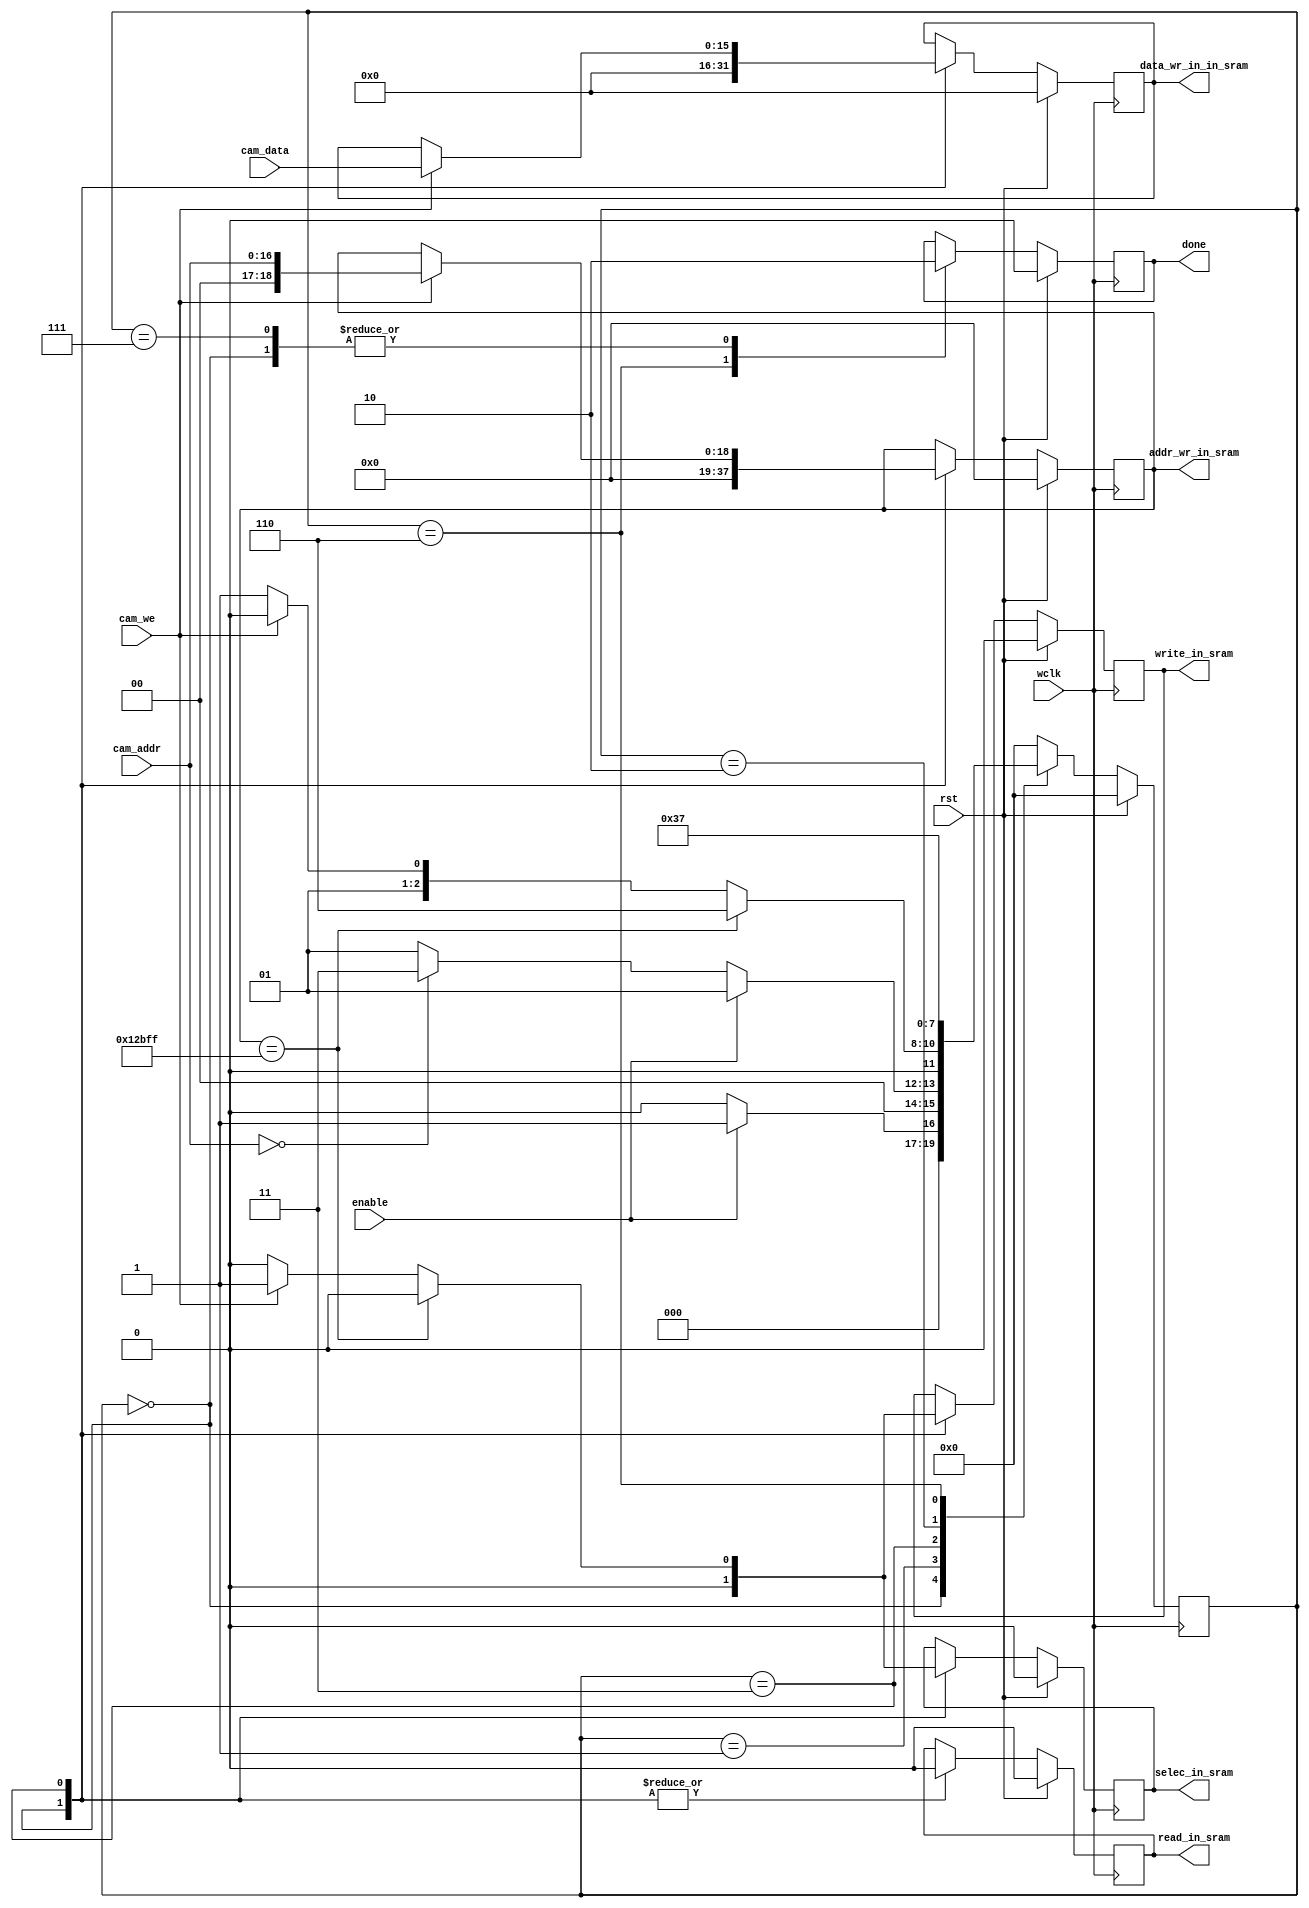
 /* this program is to load a picture from ov7076 into sram
    Copyright (C) 2018 IdlessChaye

    This program is free software; you can redistribute it and/or modify
    it under the terms of the GNU General Public License as published by
    the Free Software Foundation; either version 2 of the License, or
    (at your option) any later version.

    This program is distributed in the hope that it will be useful,
    but WITHOUT ANY WARRANTY; without even the implied warranty of
    MERCHANTABILITY or FITNESS FOR A PARTICULAR PURPOSE.  See the
    GNU General Public License for more details.

    You should have received a copy of the GNU General Public License along
    with this program; if not, write to the Free Software Foundation, Inc.,
    51 Franklin Street, Fifth Floor, Boston, MA 02110-1301 USA.
*/


`timescale 1ns / 1ns
module image_in_sram #(parameter H_cnt_max=320,
                       parameter V_cnt_max=240) (
    input wclk, 
    input rst, // high_power work

    input enable,

    input[16:0] cam_addr,
    input[15:0] cam_data,
    input cam_we,

    output reg selec_in_sram,
    output reg write_in_sram,
    output reg read_in_sram,
    output reg[15:0] data_wr_in_in_sram,
    output reg[18:0] addr_wr_in_sram,


    output reg done
);

    reg[9:0] H_cnt;
    reg[9:0] V_cnt;
    
localparam address_count_max = H_cnt_max * V_cnt_max - 1; // 76800 - 1


localparam s_idle           = 4'b0000;
localparam s_init           = 4'b0001;
localparam s_write1         = 4'b0011;
localparam s_write2         = 4'b0010;
localparam s_done           = 4'b0110;
localparam s_ready          = 4'b0111;
reg [3:0] status = s_idle;

localparam[9:0] h_zuoshang=40,
                h_zhongshang=120, 
                h_youshang=200,     
                h_zuozhong=40,
                h_zhongzhong=120,
                h_youzhong=200,
                h_zuoxia=40,
                h_zhongxia=120, 
                h_youxia=200;
localparam[9:0] v_zuoshang=40,
                v_zhongshang=40,
                v_youshang=40,
                v_zuozhong=120,
                v_zhongzhong=120,
                v_youzhong=120,
                v_zuoxia=200,
                v_zhongxia=200,
                v_youxia=200;
localparam[15:0] red = 16'b1111100000000000;
localparam[15:0] green = 16'b0000011111100000;
localparam[15:0] blue = 16'b0000000000011111;
localparam[15:0] AAA = 16'b1111100000011111;
localparam[15:0] BBB = 16'b0000011111111111;
localparam[15:0] CCC = 16'b1111111111100000;
localparam[15:0] white = 16'b1111111111111111;
localparam[15:0] black = 16'b0000000000000000;

always@(posedge wclk) begin
    if(rst) begin
        selec_in_sram <= 0;
        write_in_sram <= 0;
        read_in_sram <= 0;
        data_wr_in_in_sram <= 0;
        addr_wr_in_sram <= 0;
        done <= 0;

        status <= s_idle;
    end else begin
        case(status) 
            s_idle: begin
                done <= 0;            
                selec_in_sram <= 0;
                write_in_sram <= 0;
                read_in_sram <= 0;
                data_wr_in_in_sram <= 0;
                addr_wr_in_sram <= 0;

                if(enable) begin
                    status <= s_init;
                end else begin
                    status <= s_idle;
                end
            end
            s_init: begin
                if(enable) begin
                    status <= s_init;
                end else if(cam_addr == 0) begin
                    status <= s_write1;
                end else begin
                    status <= s_init;
                end
            end
            s_write1: begin
                if(cam_we) begin
                    addr_wr_in_sram <= cam_addr;
                    data_wr_in_in_sram <= cam_data;

                    /*if(H_cnt == 320) begin
                        H_cnt <= 0;
                        if(V_cnt == 240) begin
                            V_cnt <= 0;
                        end else begin
                            V_cnt <= V_cnt + 1;
                        end
                    end else
                        H_cnt <= H_cnt + 1;
                        
                    if(H_cnt==h_zuoshang&&V_cnt==v_zuoshang) begin
                        data_wr_in_in_sram <= 0;
                    end else if(H_cnt==h_zhongshang&&V_cnt==v_zhongshang) begin
                        data_wr_in_in_sram <= 0;
                    end else if(H_cnt==h_youshang&&V_cnt==v_youshang) begin
                        data_wr_in_in_sram <= 0;
                    end else if(H_cnt==h_zuozhong&&V_cnt==v_zuozhong) begin
                        data_wr_in_in_sram <= 0;
                    end else if(H_cnt==h_zhongzhong&&V_cnt==v_zhongzhong) begin
                        data_wr_in_in_sram <= 0;
                    end else if(H_cnt==h_youzhong&&V_cnt==v_youzhong) begin
                        data_wr_in_in_sram <= 0;
                    end else if(H_cnt==h_zuoxia&&V_cnt==v_zuoxia) begin
                        data_wr_in_in_sram <= 0;                
                    end else if(H_cnt==h_zhongxia&&V_cnt==v_zhongxia) begin
                        data_wr_in_in_sram <= 0;       
                    end else if(H_cnt==h_youxia&&V_cnt==v_youxia) begin
                        data_wr_in_in_sram <= 0;
                    end else if(V_cnt >= 0 && V_cnt <= 40) begin
                        if(H_cnt>=0 && H_cnt<=40) begin
                            data_wr_in_in_sram <= red;
                        end else if(H_cnt>=40 && H_cnt<=80) begin
                            data_wr_in_in_sram <= green;
                        end else if(H_cnt>=80 && H_cnt<=120) begin
                            data_wr_in_in_sram <= blue;
                        end else if(H_cnt>=120 && H_cnt<=160) begin
                            data_wr_in_in_sram <= white;
                        end else if(H_cnt>=160 && H_cnt<=200) begin
                            data_wr_in_in_sram <= black;
                        end else if(H_cnt>=120 && H_cnt<=240) begin
                            data_wr_in_in_sram <= AAA;
                        end else if(H_cnt>=120 && H_cnt<=280) begin
                            data_wr_in_in_sram <= BBB;
                        end else if(H_cnt>=120 && H_cnt<=320) begin
                            data_wr_in_in_sram <= CCC;
                        end
                    end else if(V_cnt >= 40 && V_cnt <= 80) begin
                        if(H_cnt>=0 && H_cnt<=40) begin
                            data_wr_in_in_sram <= green;
                        end else if(H_cnt>=40 && H_cnt<=80) begin
                            data_wr_in_in_sram <= blue;
                        end else if(H_cnt>=80 && H_cnt<=120) begin
                            data_wr_in_in_sram <= white;
                        end else if(H_cnt>=120 && H_cnt<=160) begin
                            data_wr_in_in_sram <= black;
                        end else if(H_cnt>=160 && H_cnt<=200) begin
                            data_wr_in_in_sram <= CCC;
                        end else if(H_cnt>=120 && H_cnt<=240) begin
                            data_wr_in_in_sram <= BBB;
                        end else if(H_cnt>=120 && H_cnt<=280) begin
                            data_wr_in_in_sram <= AAA;
                        end else if(H_cnt>=120 && H_cnt<=320) begin
                            data_wr_in_in_sram <= red;
                        end 
                    end else if(V_cnt >= 80 && V_cnt <= 120) begin
                        if(H_cnt>=0 && H_cnt<=40) begin
                            data_wr_in_in_sram <= blue;
                        end else if(H_cnt>=40 && H_cnt<=80) begin
                            data_wr_in_in_sram <= white;
                        end else if(H_cnt>=80 && H_cnt<=120) begin
                            data_wr_in_in_sram <= black;
                        end else if(H_cnt>=120 && H_cnt<=160) begin
                            data_wr_in_in_sram <= CCC;
                        end else if(H_cnt>=160 && H_cnt<=200) begin
                            data_wr_in_in_sram <= BBB;
                        end else if(H_cnt>=120 && H_cnt<=240) begin
                            data_wr_in_in_sram <= AAA;
                        end else if(H_cnt>=120 && H_cnt<=280) begin
                            data_wr_in_in_sram <= red;
                        end else if(H_cnt>=120 && H_cnt<=320) begin
                            data_wr_in_in_sram <= green;
                        end 
                    end else if(V_cnt >= 120 && V_cnt <= 160) begin
                        if(H_cnt>=0 && H_cnt<=40) begin
                            data_wr_in_in_sram <= black;
                        end else if(H_cnt>=40 && H_cnt<=80) begin
                            data_wr_in_in_sram <= white;
                        end else if(H_cnt>=80 && H_cnt<=120) begin
                            data_wr_in_in_sram <= red;
                        end else if(H_cnt>=120 && H_cnt<=160) begin
                            data_wr_in_in_sram <= green;
                        end else if(H_cnt>=160 && H_cnt<=200) begin
                            data_wr_in_in_sram <= blue;
                        end else if(H_cnt>=120 && H_cnt<=240) begin
                            data_wr_in_in_sram <= CCC;
                        end else if(H_cnt>=120 && H_cnt<=280) begin
                            data_wr_in_in_sram <= BBB;
                        end else if(H_cnt>=120 && H_cnt<=320) begin
                            data_wr_in_in_sram <= AAA;
                        end 
                    end else if(V_cnt >= 160 && V_cnt <= 200) begin
                        if(H_cnt>=0 && H_cnt<=40) begin
                            data_wr_in_in_sram <= AAA;
                        end else if(H_cnt>=40 && H_cnt<=80) begin
                            data_wr_in_in_sram <= CCC;
                        end else if(H_cnt>=80 && H_cnt<=120) begin
                            data_wr_in_in_sram <= BBB;
                        end else if(H_cnt>=120 && H_cnt<=160) begin
                            data_wr_in_in_sram <= red;
                        end else if(H_cnt>=160 && H_cnt<=200) begin
                            data_wr_in_in_sram <= green;
                        end else if(H_cnt>=120 && H_cnt<=240) begin
                            data_wr_in_in_sram <= white;
                        end else if(H_cnt>=120 && H_cnt<=280) begin
                            data_wr_in_in_sram <= black;
                        end else if(H_cnt>=120 && H_cnt<=320) begin
                            data_wr_in_in_sram <= blue;
                        end 
                    end else if(V_cnt >= 200 && V_cnt <= 240) begin
                        if(H_cnt>=0 && H_cnt<=40) begin
                            data_wr_in_in_sram <= blue;
                        end else if(H_cnt>=40 && H_cnt<=80) begin
                            data_wr_in_in_sram <= red;
                        end else if(H_cnt>=80 && H_cnt<=120) begin
                            data_wr_in_in_sram <= green;
                        end else if(H_cnt>=120 && H_cnt<=160) begin
                            data_wr_in_in_sram <= BBB;
                        end else if(H_cnt>=160 && H_cnt<=200) begin
                            data_wr_in_in_sram <= AAA;
                        end else if(H_cnt>=120 && H_cnt<=240) begin
                            data_wr_in_in_sram <= white;
                        end else if(H_cnt>=120 && H_cnt<=280) begin
                            data_wr_in_in_sram <= CCC;
                        end else if(H_cnt>=120 && H_cnt<=320) begin
                            data_wr_in_in_sram <= black;
                        end 
                    end
                    else begin
                        data_wr_in_in_sram <= cam_data;
                    end*/
                end

                if(addr_wr_in_sram == address_count_max) begin
                    selec_in_sram <= 0;
                    write_in_sram <= 0;
                    read_in_sram <= 0;

                    status <= s_done;
                end else if(cam_we) begin
                    selec_in_sram <= 1;
                    write_in_sram <= 1;
                    read_in_sram  <= 0;

                    status <= s_write2;    
                end else begin
                    selec_in_sram <= 0;
                    write_in_sram <= 0;
                    read_in_sram <= 0;

                    status <= s_write1;
                end                
            end
            s_write2: begin
                status <= s_write1;
            end
            s_done: begin
                done <= 1'b1;

                status <= s_ready;
            end
            s_ready: begin
                done <= 0;
                status <= s_idle;
            end
            default: begin
                status <= s_idle;
            end
        endcase
    end
end

endmodule